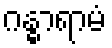
ဂန္ဓာရာမံ